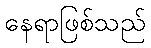
နေရာဖြစ်သည်